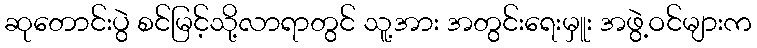
ဆုတောင်းပွဲ စင်မြင့်သို့လာရာတွင် သူ့အား အတွင်းရေးမှူး အဖွဲ့ဝင်များက